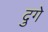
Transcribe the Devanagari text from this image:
दुगे